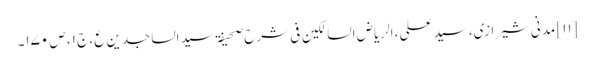
[۱۱] مدنی شیرازی، سید علی، الریاض السالکین فی شرح صحیفۃ سید الساجدین ع، ج ۱، ص ۱۷۰۔